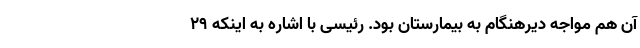
آن هم مواجه دیرهنگام به بیمارستان بود. رئیسی با اشاره به اینکه ٢٩